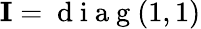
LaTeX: \mathbf{I}=\mathrm{~d~i~a~g~}(1,1)